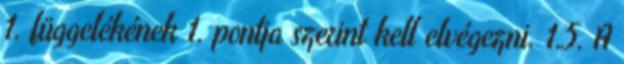
1. függelékének 1. pontja szerint kell elvégezni. 1.5. A